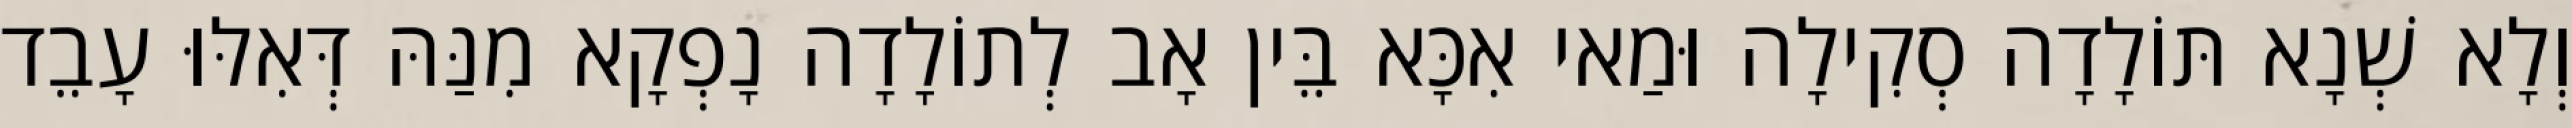
וְלָא שְׁנָא תּוֹלָדָה סְקִילָה וּמַאי אִכָּא בֵּין אָב לְתוֹלָדָה נָפְקָא מִנַּהּ דְּאִלּוּ עָבֵד